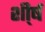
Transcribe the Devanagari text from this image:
शी्र्ष